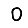
Digit: 0